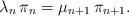
LaTeX: \begin{align*}\lambda_{n}\, \pi_{n}= \mu_{n+1}\,\pi_{n+1}.\end{align*}